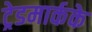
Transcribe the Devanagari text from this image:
ट्रेडमार्कके